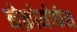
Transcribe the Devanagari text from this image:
नेक्रोमोर्फस